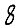
Digit: 8